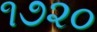
૧૭૨૦